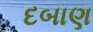
દબાણ